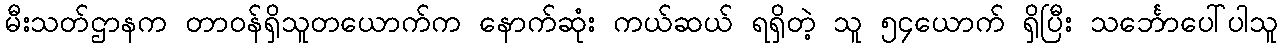
မီးသတ်ဌာနက တာဝန်ရှိသူတယောက်က နောက်ဆုံး ကယ်ဆယ် ရရှိတဲ့ သူ ၅၄ယောက် ရှိပြီး သင်္ဘောပေါ်ပါသူ